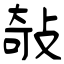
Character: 敧